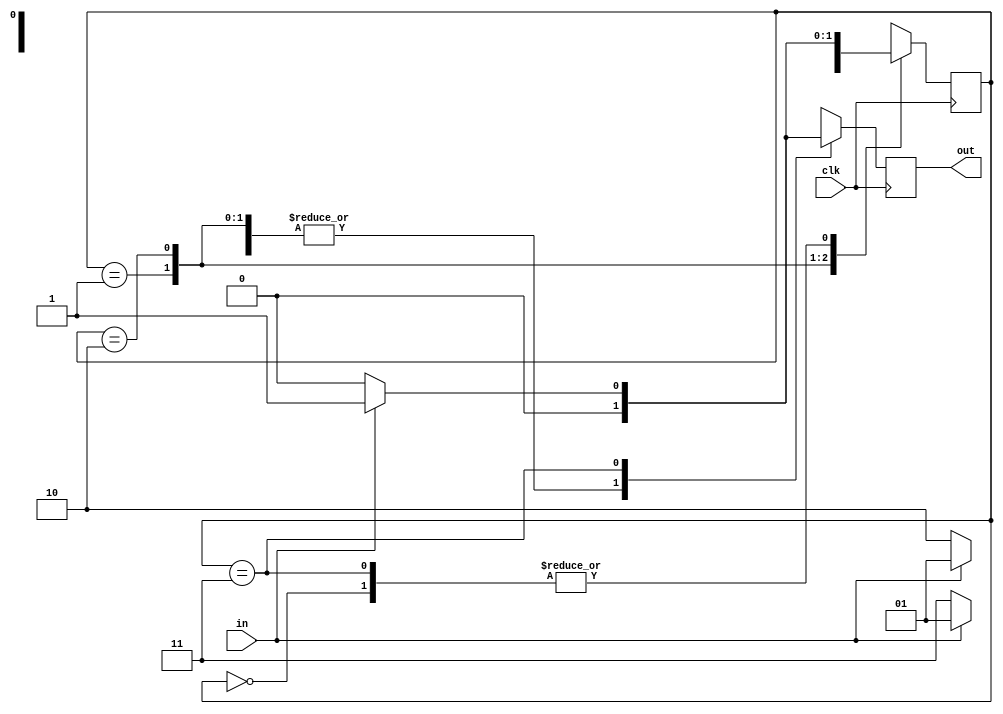
/* -------------------------------------------------------------------------- */
/*                 1001 Sequence detector using mealy machine                 */
/* -------------------------------------------------------------------------- */

module seq_1001_mealy (
    in,
    clk,
    out
);
/*---------port declaration---------*/
    input in,clk;                             
    output reg out;
    reg [1:0]state;

/*---------state assignment-------------*/
    parameter s0 = 2'b00,                  
              s1 = 2'b01,
              s2 = 2'b10,
              s3 = 2'b11;

/*--------State tarnsition logic--------*/
    initial begin
        state=s0;
    end
    always @(negedge clk ) begin         
        case (state)
            s0 : begin
                if (in) begin state=s1; out=0; end
                else begin state=s0; out=0; end
            end

            s1 : begin
                if (!in) begin state=s2; out=0; end
                else begin state=s1; out=0; end
            end

            s2 : begin
                if (!in) begin state=s3; out=0; end
                else begin state=s1; out=0; end
            end

            s3 : begin
                if (in) begin state=s1; out=1; end
                else begin state=s0; out=0; end
            end
        endcase
    end
   

endmodule